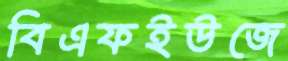
বিএফইউজে